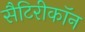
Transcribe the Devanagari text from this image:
सैटिरीकॉन